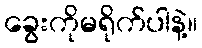
ခွေးကိုမရိုက်ပါနဲ့။